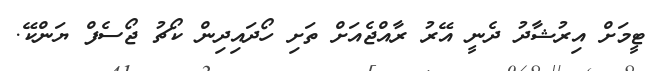
ޓީމަށް އިރުޝާދު ދެނީ އޭރު ރާއްޖެއަށް ތަށި ހޯދައިދިން ކޯޗު ޖޯސެފް ޔަންކޭ.